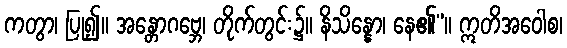
ကတွာ၊ ပြု၍။ အန္တောဂဗ္ဘေ၊ တိုက်တွင်း၌။ နိသိန္နော၊ နေ၏”။ ဣတိအဝေါစ၊